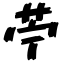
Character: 苧